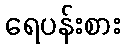
ရေပန်းစား